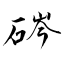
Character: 硶